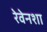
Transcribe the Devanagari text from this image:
रेवेनशा